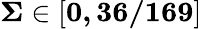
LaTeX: \mathbf{\Sigma\in\left[0,36/169\right]}